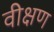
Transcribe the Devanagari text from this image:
वीक्षण